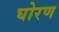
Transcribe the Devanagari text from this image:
घोरण